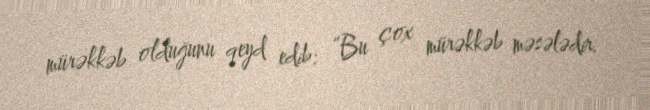
mürəkkəb olduğunu qeyd edib: “Bu çox mürəkkəb məsələdir.